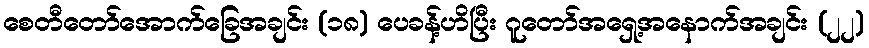
စေတီတော်အောက်ခြေအချင်း (၁၈) ပေခန့်ဟိပြီး ဂူတော်အရှေ့အနောက်အချင်း (၂၂)